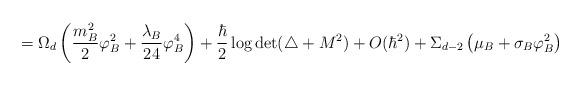
LaTeX: \begin{align*}=\Omega _d\left({m_B^2 \over 2}\varphi _B ^2 +{\lambda _B \over 24} \varphi _B^4\right)+{\hbar \over 2}\log\det (\triangle +M^2)+O(\hbar ^2)+\Sigma_{d-2}\left(\mu _B+\sigma _B \varphi _B^2 \right)\end{align*}